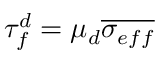
\tau _ { f } ^ { d } = \mu _ { d } \overline { { \sigma _ { e f f } } }